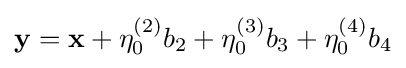
{\mathbf {y} =\mathbf {x} +\eta _{0}^{(2)}b_{2}+\eta _{0}^{(3)}b_{3}+\eta _{0}^{(4)}b_{4}}